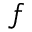
f